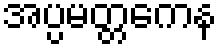
အပ္ပမတ္တကေန